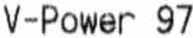
V-POWER 97